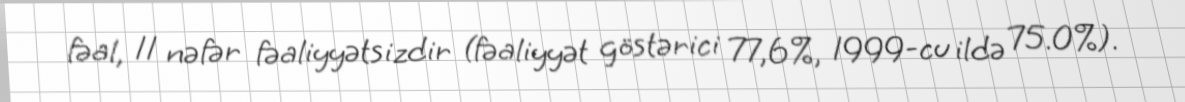
fəal, 11 nəfər fəaliyyətsizdir (fəaliyyət göstərici 77,6%, 1999-cu ildə 75.0%).